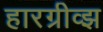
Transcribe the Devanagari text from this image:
हारग्रीव्झ